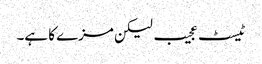
ٹیسٹ عجیب لیکن مزے کا ہے۔